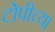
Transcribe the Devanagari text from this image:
टोपीच्या